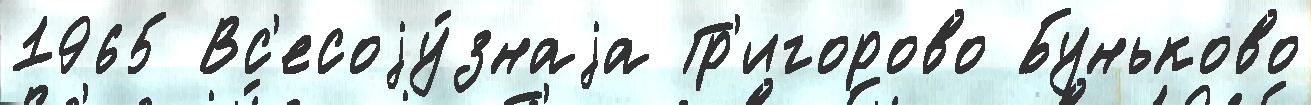
1965 Вс'есоjу́знаjа Гр'игорово Буньково